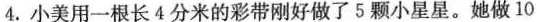
4.小美用一根长4分米的彩带刚好做了5颗小星星。她做10